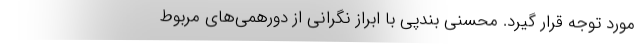
مورد توجه قرار گیرد. محسنی بندپی با ابراز نگرانی از دورهمی‌های مربوط